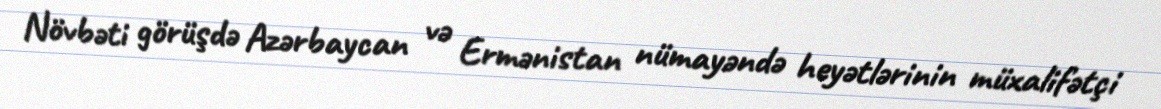
Növbəti görüşdə Azərbaycan və Ermənistan nümayəndə heyətlərinin müxalifətçi